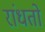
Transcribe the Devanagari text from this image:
रांधतो